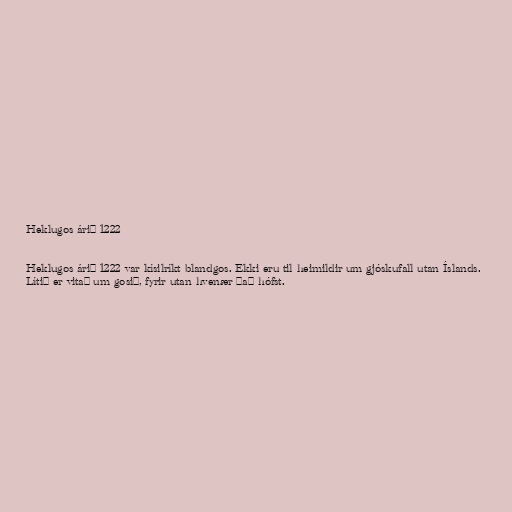
Heklugos árið 1222

Heklugos árið 1222 var kísilríkt blandgos. Ekki eru til heimildir um gjóskufall utan Íslands.
Lítið er vitað um gosið, fyrir utan hvenær það hófst.